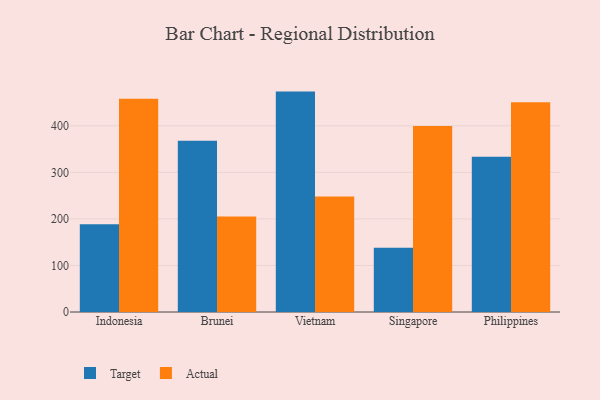
{"axis": {"x": "Country", "y": "Backlog"}, "legend": ["Actual", "Target"], "data": [{"x": "Indonesia", "y": 188.6, "type": "Target"}, {"x": "Indonesia", "y": 458.3, "type": "Actual"}, {"x": "Brunei", "y": 367.7, "type": "Target"}, {"x": "Brunei", "y": 205.1, "type": "Actual"}, {"x": "Vietnam", "y": 473.5, "type": "Target"}, {"x": "Vietnam", "y": 248.1, "type": "Actual"}, {"x": "Singapore", "y": 138.0, "type": "Target"}, {"x": "Singapore", "y": 399.5, "type": "Actual"}, {"x": "Philippines", "y": 333.4, "type": "Target"}, {"x": "Philippines", "y": 450.4, "type": "Actual"}]}